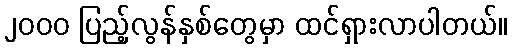
၂၀၀၀ ပြည့်လွန်နှစ်တွေမှာ ထင်ရှားလာပါတယ်။